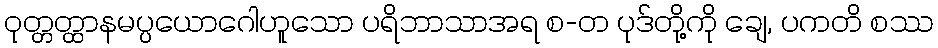
ဝုတ္တတ္ထာနမပ္ပယောဂေါဟူသော ပရိဘာသာအရ စ-တ ပုဒ်တို့ကို ချေ, ပကတိ စဿ